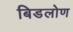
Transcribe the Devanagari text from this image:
बिडलोण